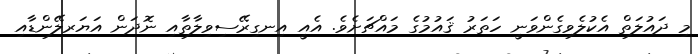
މި ދައުލަތް އެކުލެވިގެންވަނީ ހަތަރު ޤައުމުގެ މައްޗަށެވެ. އެއީ އިނގިރޭސިވިލާތާއި ނޮދަން އަޔަރލޭންޑާއި